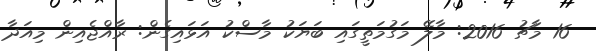
16 މާޗު 2016: މާލޭ މަގުމަތީގައި ބަޔަކު މާސްކު އަޅައިގެން: ރާއްޖެއިން މިއަދާ